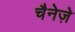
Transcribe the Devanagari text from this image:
चैनेज़े